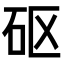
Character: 𥐰